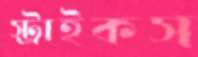
স্ট্রাইকস